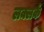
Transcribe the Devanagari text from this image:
लक्लर्क